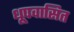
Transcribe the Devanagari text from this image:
धूपवासित